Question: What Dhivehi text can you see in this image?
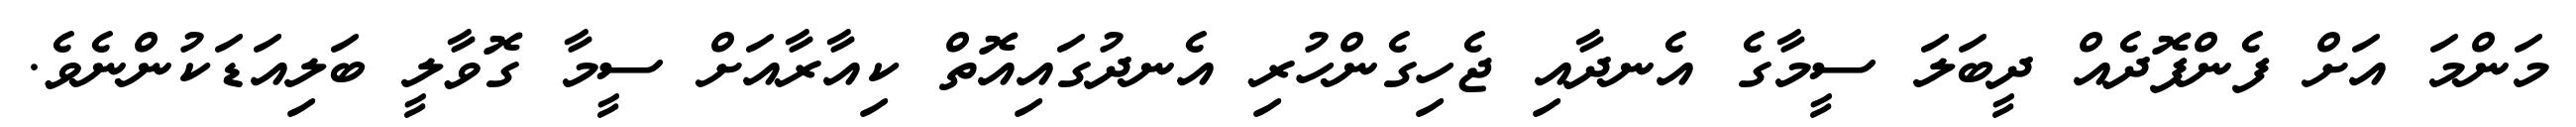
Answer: މަންމަ އަށް ފެންފޮދެއް ދީބަލަ ސީމާގެ އެނދާއި ޖެހިގެންހުރި އެނދުގައިއޮތް ކިއާރާއަށް ސީމާ ގޮވާލީ ބަލިއަޑަކުންނެވެ.